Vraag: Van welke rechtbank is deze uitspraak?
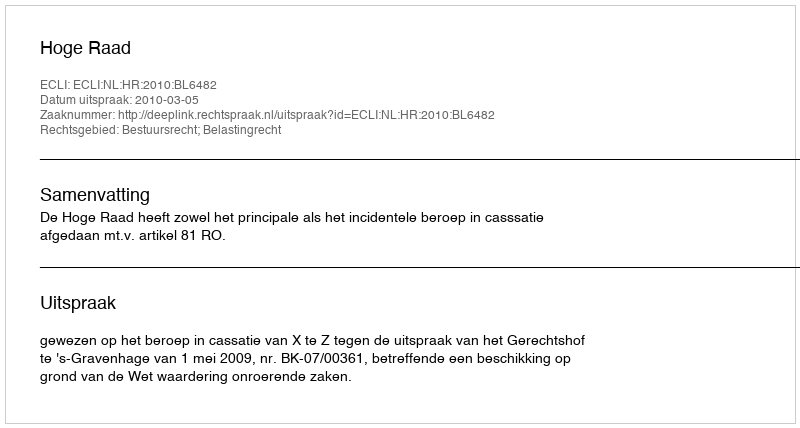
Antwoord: Hoge Raad